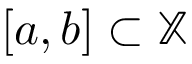
[ a , b ] \subset \mathbb { X }